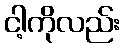
ငါ့ကိုလည်း